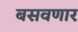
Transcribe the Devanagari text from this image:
बसवणार